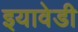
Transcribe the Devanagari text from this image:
इयावेडी